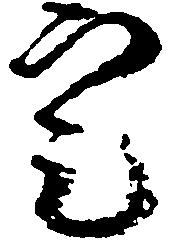
定